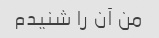
من آن را شنیدم